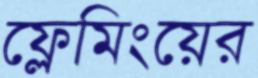
ফ্লেমিংয়ের